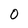
Character: O